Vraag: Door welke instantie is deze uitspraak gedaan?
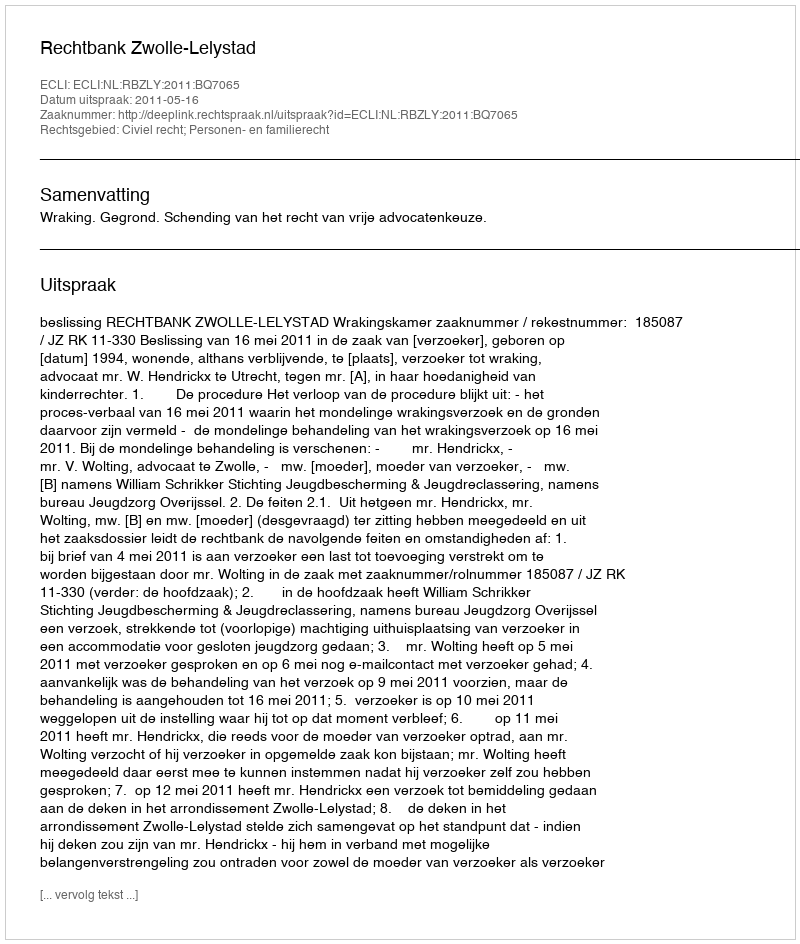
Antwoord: Rechtbank Zwolle-Lelystad